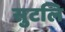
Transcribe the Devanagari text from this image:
सुटलि